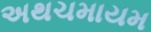
અથચમાયમ